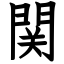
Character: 関